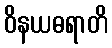
ဝိနယဓရာတိ